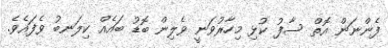
ފެންނަން އޮތް ސާފު ކުޅި މިހާރުވަނީ ވެލިން ބޮޑު ބައެއް ކިލަނބު ވެފައެވެ.